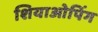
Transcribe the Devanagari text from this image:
शियाओपिंग